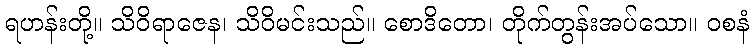
ရဟန်းတို့။ သိဝိရာဇေန၊ သိဝိမင်းသည်။ စောဒိတော၊ တိုက်တွန်းအပ်သော။ ဝစနံ